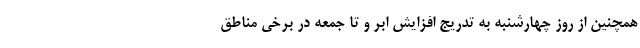
همچنین از روز چهارشنبه به تدریج افزایش ابر و تا جمعه در برخی مناطق